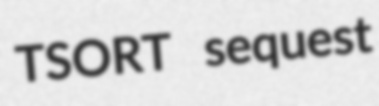
TSORT sequest